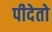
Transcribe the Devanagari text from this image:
पीदेतो